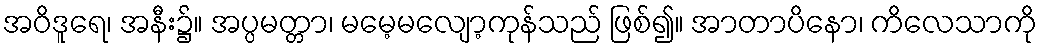
အဝိဒူရေ၊ အနီး၌။ အပ္ပမတ္တာ၊ မမေ့မလျော့ကုန်သည် ဖြစ်၍။ အာတာပိနော၊ ကိလေသာကို